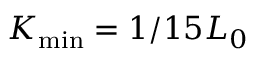
K _ { \mathrm { m i n } } = 1 / 1 5 L _ { 0 }